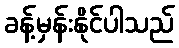
ခန့်မှန်းနိုင်ပါသည်